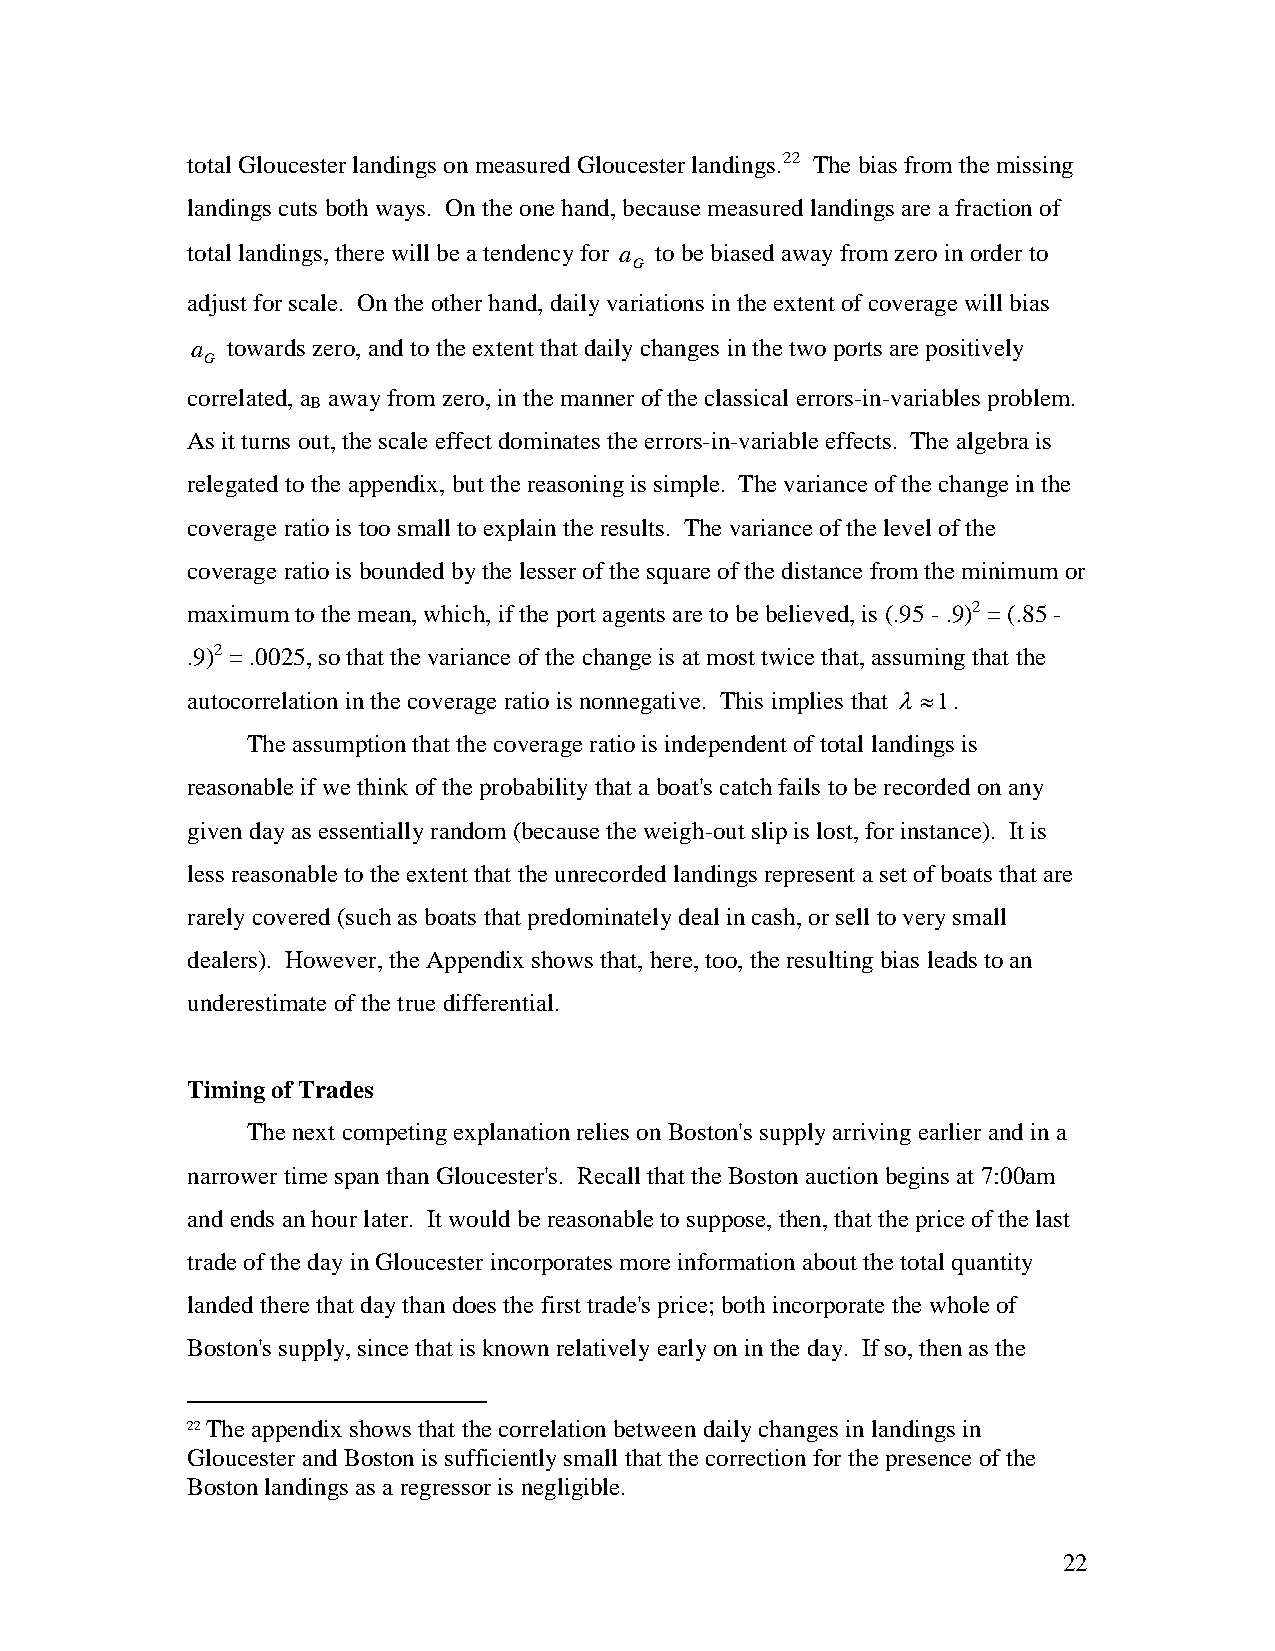
total Gloucester landings on measured Gloucester landings.22 The bias from the missing
 landings cuts both ways. On the one hand, because measured landings are a fraction of
 total landings, there will be a tendency for a to be biased away from zero in order to
 G
 adjust for scale. On the other hand, daily variations in the extent of coverage will bias
 a towards zero, and to the extent that daily changes in the two ports are positively
 G
 correlated, a away from zero, in the manner of the classical errors-in-variables problem.
 B
 As it turns out, the scale effect dominates the errors-in-variable effects. The algebra is
 relegated to the appendix, but the reasoning is simple. The variance of the change in the
 coverage ratio is too small to explain the results. The variance of the level of the
 coverage ratio is bounded by the lesser of the square of the distance from the minimum or
 maximum to the mean, which, if the port agents are to be believed, is (.95 - .9)2 = (.85 -
 .9)2 = .0025, so that the variance of the change is at most twice that, assuming that the
 autocorrelation in the coverage ratio is nonnegative. This implies that λ≈1.
 The assumption that the coverage ratio is independent of total landings is
 reasonable if we think of the probability that a boat's catch fails to be recorded on any
 given day as essentially random (because the weigh-out slip is lost, for instance). It is
 less reasonable to the extent that the unrecorded landings represent a set of boats that are
 rarely covered (such as boats that predominately deal in cash, or sell to very small
 dealers). However, the Appendix shows that, here, too, the resulting bias leads to an
 underestimate of the true differential.
 Timing of Trades
 The next competing explanation relies on Boston's supply arriving earlier and in a
 narrower time span than Gloucester's. Recall that the Boston auction begins at 7:00am
 and ends an hour later. It would be reasonable to suppose, then, that the price of the last
 trade of the day in Gloucester incorporates more information about the total quantity
 landed there that day than does the first trade's price; both incorporate the whole of
 Boston's supply, since that is known relatively early on in the day. If so, then as the
 22 The appendix shows that the correlation between daily changes in landings in
 Gloucester and Boston is sufficiently small that the correction for the presence of the
 Boston landings as a regressor is negligible.
 22